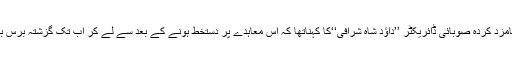
مرکزی حکومت کی طرف سے شعبہ تعلیم کے لیے نامزد کردہ صوبائی ڈائریکٹر ’’داؤد شاہ شرافی‘‘کا کہناتھا کہ اس معاہدے پر دستخط ہونے کے بعد سے لے کر اب تک گزشتہ برس بند ہونے والے ۳۳ اسکول دوبارہ کھولے جا چکے ہیں۔